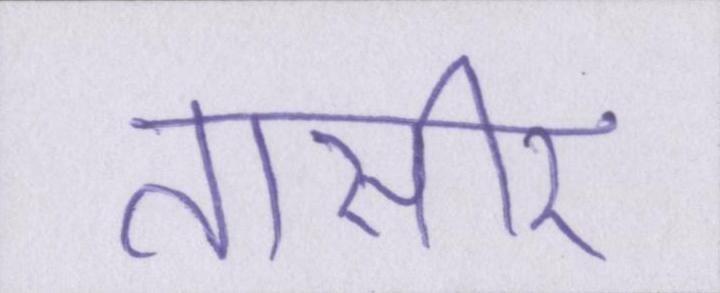
तासीर